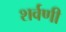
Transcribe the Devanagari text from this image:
शर्वणी